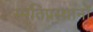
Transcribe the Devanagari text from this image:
स्मृतिप्रस्थानों